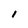
Character: l